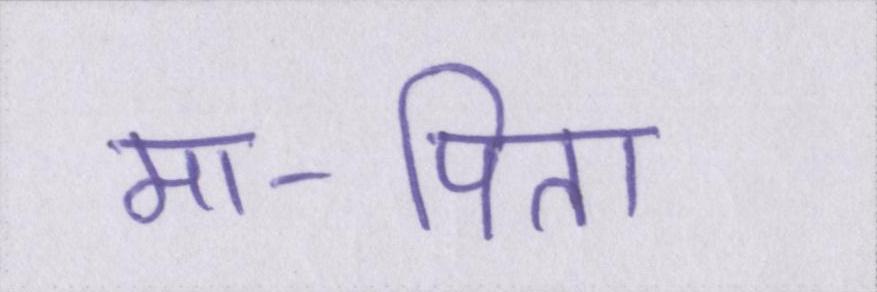
मा-पिता